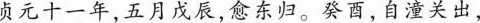
负元十一年，五月戊辰，愈东归。癸酉，自潼关出，